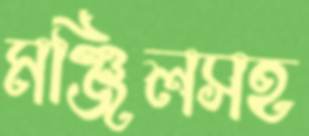
মঞ্জিলসহ